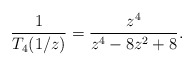
\begin{align*}\frac{1}{T_{4}(1/z)} = \frac{z^{4}}{z^{4}-8z^{2}+8}.\end{align*}